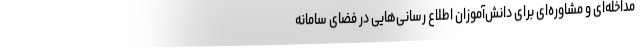
مداخله‌ای و مشاوره‌ای برای دانش‌آموزان اطلاع رسانی‌هایی در فضای سامانه